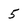
Character: 5